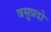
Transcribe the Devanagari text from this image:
वसुप्रदो